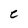
Character: C